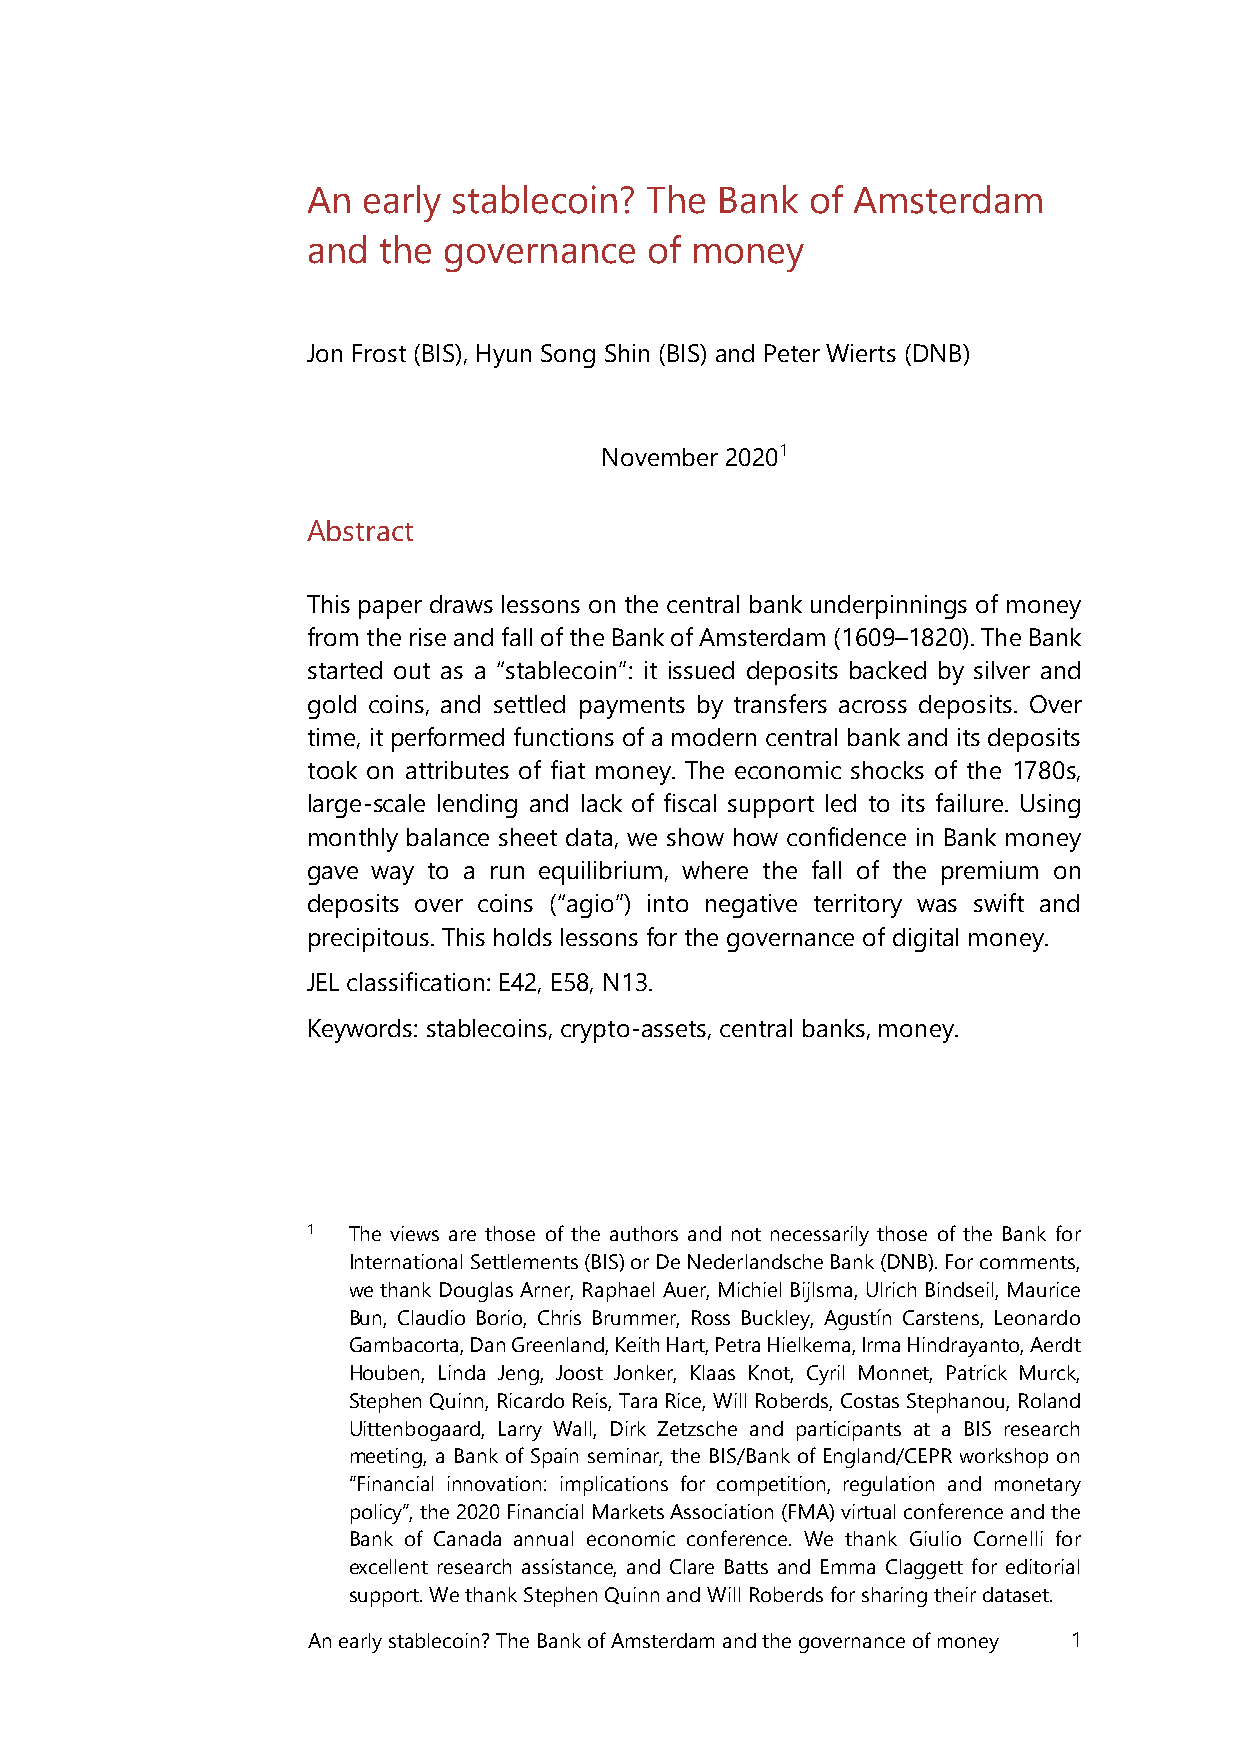
An  early stablecoin?  The  Bank  of Amsterdam
 and  the governance    of money
 Jon Frost (BIS), Hyun Song Shin (BIS) and Peter Wierts (DNB)
 November 20201
 Abstract
 This paper draws lessons on the central bank underpinnings of money
 from the rise and fall of the Bank of Amsterdam (1609–1820). The Bank
 started out as a “stablecoin”: it issued deposits backed by silver and
 gold coins, and settled payments by transfers across deposits. Over
 time, it performed functions of a modern central bank and its deposits
 took on attributes of fiat money. The economic shocks of the 1780s,
 large-scale lending and lack of fiscal support led to its failure. Using
 monthly balance sheet data, we show how confidence in Bank money
 gave way to a run equilibrium, where the fall of the premium on
 deposits over coins (“agio”) into negative territory was swift and
 precipitous. This holds lessons for the governance of digital money.
 JEL classification: E42, E58, N13.
 Keywords: stablecoins, crypto-assets, central banks, money.
 1  The views are those of the authors and not necessarily those of the Bank for
 International Settlements (BIS) or De Nederlandsche Bank (DNB). For comments,
 we thank Douglas Arner, Raphael Auer, Michiel Bijlsma, Ulrich Bindseil, Maurice
 Bun, Claudio Borio, Chris Brummer, Ross Buckley, Agustín Carstens, Leonardo
 Gambacorta, Dan Greenland, Keith Hart, Petra Hielkema, Irma Hindrayanto, Aerdt
 Houben, Linda Jeng, Joost Jonker, Klaas Knot, Cyril Monnet, Patrick Murck,
 Stephen Quinn, Ricardo Reis, Tara Rice, Will Roberds, Costas Stephanou, Roland
 Uittenbogaard, Larry Wall, Dirk Zetzsche and participants at a BIS research
 meeting, a Bank of Spain seminar, the BIS/Bank of England/CEPR workshop on
 “Financial innovation: implications for competition, regulation and monetary
 policy”, the 2020 Financial Markets Association (FMA) virtual conference and the
 Bank of Canada annual economic conference. We thank Giulio Cornelli for
 excellent research assistance, and Clare Batts and Emma Claggett for editorial
 support. We thank Stephen Quinn and Will Roberds for sharing their dataset.
 An early stablecoin? The Bank of Amsterdam and the governance of money 1